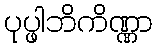
ပုပ္ဖါဘိကိဏ္ဏာ